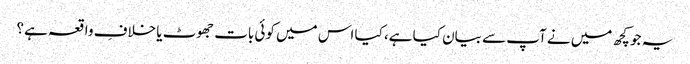
یہ جو کچھ میں نے آپ سے بیان کیا ہے، کیا اس میں کوئی بات جھوٹ یا خلافِ واقعہ ہے؟